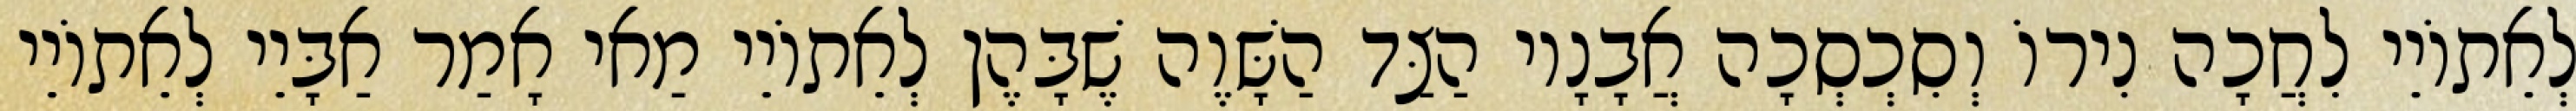
לְאֵתוֹיֵי לִחֲכָה נִירוֹ וְסִכְסְכָה אֲבָנָיו הַצַּד הַשָּׁוֶה שֶׁבָּהֶן לְאֵתוֹיֵי מַאי אָמַר אַבָּיֵי לְאֵתוֹיֵי